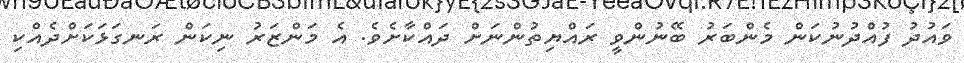
ވައުދު ފުއްދުނުކަން މެންބަރު ބޭނުންވީ ރައްޔިތުންނަށް ދައްކާށެވެ. އެ މަންޒަރު ނިކަން ރަނގަޅަކަށްދެއްކި